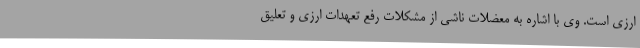
ارزی است. وی با اشاره به معضلات ناشی از مشکلات رفع تعهدات ارزی و تعلیق